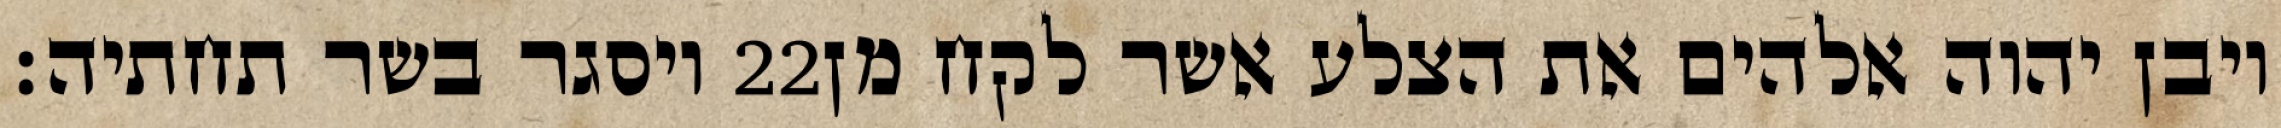
ויסגר בשר תחתיה׃ ‎22‏ ויבן יהוה אלהים את הצלע אשר לקח מן